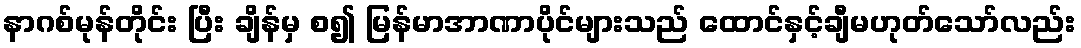
နာဂစ်မုန်တိုင်း ပြီး ချိန်မှ စ၍ မြန်မာအာဏာပိုင်များသည် ထောင်နှင့်ချီမဟုတ်သော်လည်း